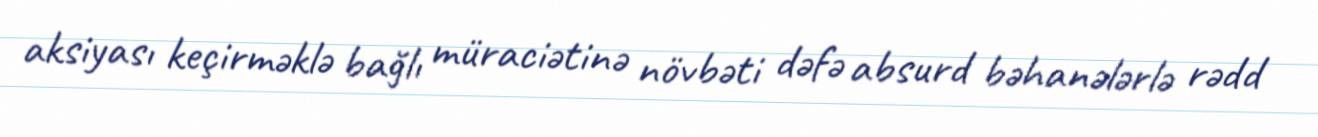
aksiyası keçirməklə bağlı müraciətinə növbəti dəfə absurd bəhanələrlə rədd